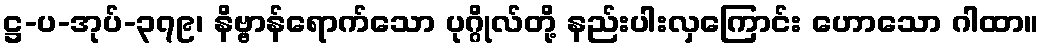
ဋ္ဌ-ပ-အုပ်-၃၇၉၊ နိဗ္ဗာန်ရောက်သော ပုဂ္ဂိုလ်တို့ နည်းပါးလှကြောင်း ဟောသော ဂါထာ။